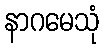
နာဂမေသုံ